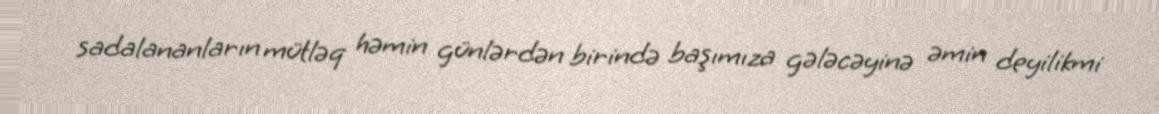
sadalananların mütləq həmin günlərdən birində başımıza gələcəyinə əmin deyilikmi